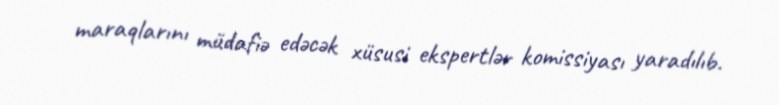
maraqlarını müdafiə edəcək xüsusi ekspertlər komissiyası yaradılıb.